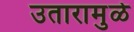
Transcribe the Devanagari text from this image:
उतारामुळे